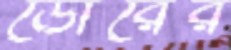
ডোরের